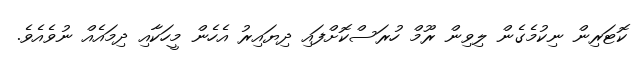
ކޮޓަރިން ނިކުމެގެން ލިވިން ރޫމް ހުރަސްކޮށްފައި ދިޔައިރު އެހެން މީހަކާއި ދިމައެއް ނުވެއެވެ.